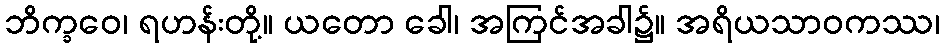
ဘိက္ခဝေ၊ ရဟန်းတို့။ ယတော ခေါ၊ အကြင်အခါ၌။ အရိယသာဝကဿ၊